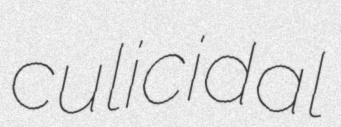
culicidal